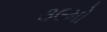
૩૯મો